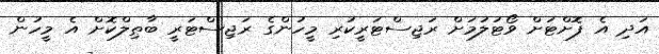
އަދި އެ ފޮށްޓަށް ވޯޓުލުމަށް ރަޖިސްޓަރީކުރި މީހުންގެ ރަޖިސްޓަރީ ބާޠިލްކޮށް އެ މީހުން